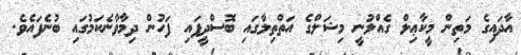
އާދައިގެ މަތިން މީކާޢިލް ގެއްލުނީ މިޝަލްގެ އަތްތިލާގައި ބޮސްދީފައި ފަހުން ދިމާވާނެކަމުގައި ބުނެފައެވެ.